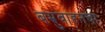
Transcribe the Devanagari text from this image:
बभ्रुवाहनचा